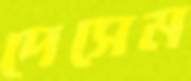
দেসেম